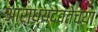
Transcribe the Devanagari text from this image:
आराध्यदेवतेच्या